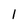
Character: 1